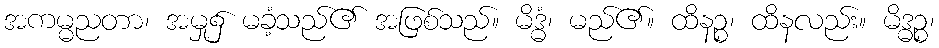
အကမ္မညတာ၊ အမှု၌ မခံ့သည်၏ အဖြစ်သည်။ မိဒ္ဓံ၊ မည်၏။ ထိနဉ္စ၊ ထိနလည်း။ မိဒ္ဓဉ္စ၊